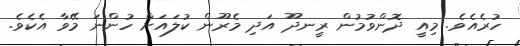
ހުރެއެވެ. މިއީ ދޮންވުމުން ރީނދޫ އަދި މެރޫން ކުލައަށް ހުންނަ މޭވާ އެކެވެ.